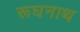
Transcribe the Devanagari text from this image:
रूघनाथ